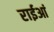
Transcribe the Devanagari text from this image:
राईआं